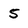
Character: 5